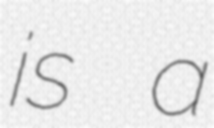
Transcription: is a